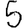
Digit: 5